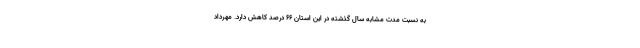
به نسبت مدت مشابه سال گذشته در این استان ۶۶ درصد کاهش دارد. مهرداد